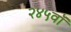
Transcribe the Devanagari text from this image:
२४५वॉ